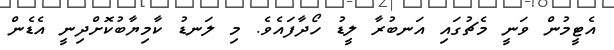
އެޓީމުން ވަނީ މެޗުގައި އަނބުރާ ލީޑު ހޯދާފައެވެ. މި ލަނޑު ކާމިޔާބުކޮށްދިނީ އެޑެން